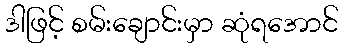
ဒါဖြင့် စမ်းချောင်းမှာ ဆုံရအောင်